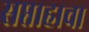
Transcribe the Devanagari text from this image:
सप्ताहाचा